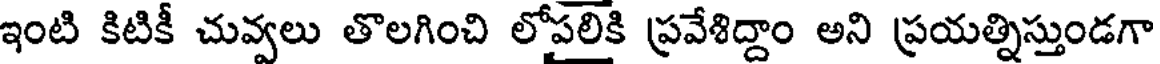
ఇంటి కిటికీ చువ్వలు తొలగించి లోపలికి ప్రవేశిద్దాం అని ప్రయత్నిస్తుండగా